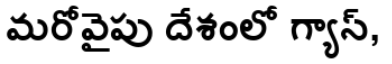
మరోవైపు దేశంలో గ్యాస్,